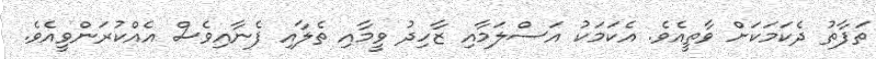
ތަފާތު ދެކަމަކަށް ވާތީއެވެ. އެކަމަކު އަސްލަމާއި ޒާހިދު ވީމާއި ތެލާއި ފެނާއިވެސް އެއްކުރަންވީއެވެ.